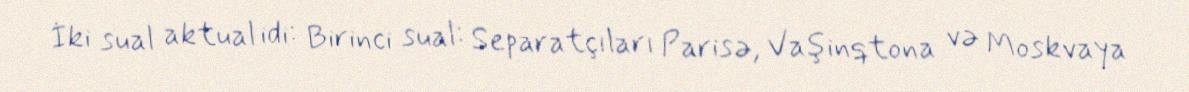
İki sual aktual idi: Birinci sual: Separatçıları Parisə, Vaşinqtona və Moskvaya